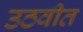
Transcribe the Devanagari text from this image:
उठवीत